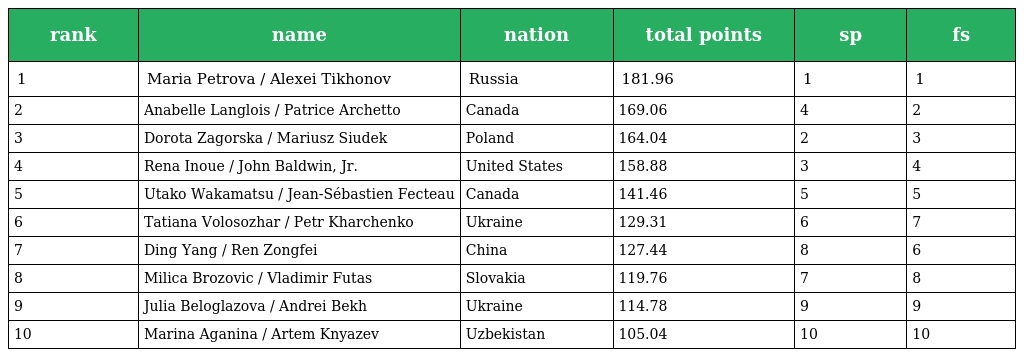
| rank | name | nation | total points | sp | fs |
 | --- | --- | --- | --- | --- | --- |
 | 1 | Maria Petrova / Alexei Tikhonov | Russia | 181.96 | 1 | 1 |
 | 2 | Anabelle Langlois / Patrice Archetto | Canada | 169.06 | 4 | 2 |
 | 3 | Dorota Zagorska / Mariusz Siudek | Poland | 164.04 | 2 | 3 |
 | 4 | Rena Inoue / John Baldwin, Jr. | United States | 158.88 | 3 | 4 |
 | 5 | Utako Wakamatsu / Jean-Sébastien Fecteau | Canada | 141.46 | 5 | 5 |
 | 6 | Tatiana Volosozhar / Petr Kharchenko | Ukraine | 129.31 | 6 | 7 |
 | 7 | Ding Yang / Ren Zongfei | China | 127.44 | 8 | 6 |
 | 8 | Milica Brozovic / Vladimir Futas | Slovakia | 119.76 | 7 | 8 |
 | 9 | Julia Beloglazova / Andrei Bekh | Ukraine | 114.78 | 9 | 9 |
 | 10 | Marina Aganina / Artem Knyazev | Uzbekistan | 105.04 | 10 | 10 |